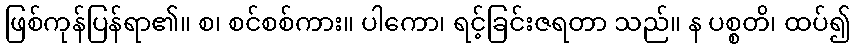
ဖြစ်ကုန်ပြန်ရာ၏။ စ၊ စင်စစ်ကား။ ပါကော၊ ရင့်ခြင်းဇရတာ သည်။ န ပစ္စတိ၊ ထပ်၍